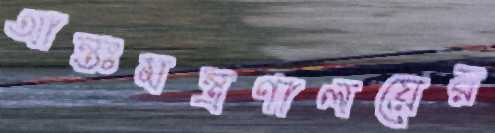
আন্তঃমন্ত্রণালয়ের